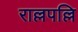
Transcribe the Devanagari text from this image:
राल्लपल्लि